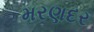
મરણદર